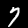
Label: 7